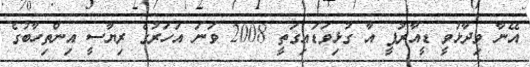
އޭނާ ވިދާޅުވީ ޑީއާރުޕީ އާ ގުޅިވަޑައިގަތީ 2008 ވަނަ އަހަރުގެ ރިޔާސީ އިންތިހާބުގެ